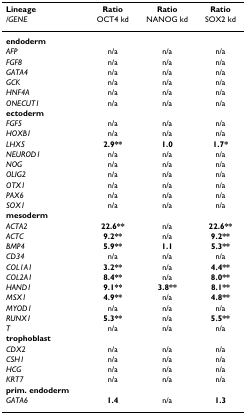
| Lineage | Ratio | Ratio | Ratio |
 | /GENE | OCT4 kd | NANOG kd | SOX2 kd |
 | --- | --- | --- | --- |
 | endoderm |  |  |  |
 | AFP | n/a | n/a | n/a |
 | FGF8 | n/a | n/a | n/a |
 | GATA4 | n/a | n/a | n/a |
 | GCK | n/a | n/a | n/a |
 | HNF4A | n/a | n/a | n/a |
 | ONECUT1 | n/a | n/a | n/a |
 | ectoderm |  |  |  |
 | FGF5 | n/a | n/a | n/a |
 | HOXB1 | n/a | n/a | n/a |
 | LHX5 | 2.9** | 1.0 | 1.7* |
 | NEUROD1 | n/a | n/a | n/a |
 | NOG | n/a | n/a | n/a |
 | OLIG2 | n/a | n/a | n/a |
 | OTX1 | n/a | n/a | n/a |
 | PAX6 | n/a | n/a | n/a |
 | SOX1 | n/a | n/a | n/a |
 | mesoderm |  |  |  |
 | ACTA2 | 22.6** | n/a | 22.6** |
 | ACTC | 9.2** | n/a | 9.2** |
 | BMP4 | 5.9** | 1.1 | 5.3** |
 | CD34 | n/a | n/a | n/a |
 | COL1A1 | 3.2** | n/a | 4.4** |
 | COL2A1 | 8.4** | n/a | 8.0** |
 | HAND1 | 9.1** | 3.8** | 8.1** |
 | MSX1 | 4.9** | n/a | 4.8** |
 | MYOD1 | n/a | n/a | n/a |
 | RUNX1 | 5.3** | n/a | 5.5** |
 | T | n/a | n/a | n/a |
 | trophoblast |  |  |  |
 | CDX2 | n/a | n/a | n/a |
 | CSH1 | n/a | n/a | n/a |
 | HCG | n/a | n/a | n/a |
 | KRT7 | n/a | n/a | n/a |
 | prim. endoderm |  |  |  |
 | GATA6 | 1.4 | n/a | 1.3 |